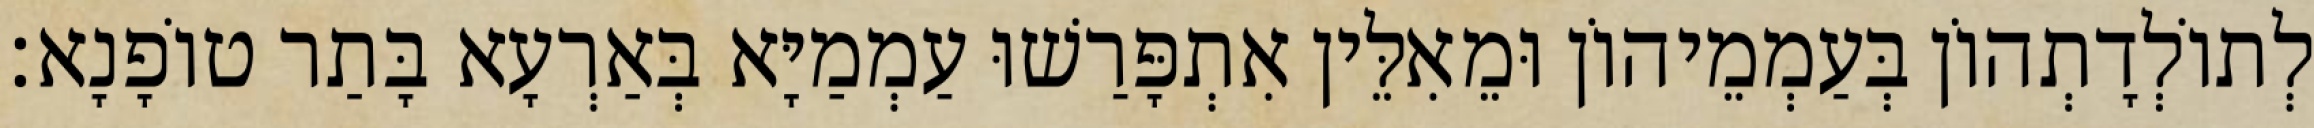
לְתוֹלְדָתְהוֹן בְּעַמְמֵיהוֹן וּמֵאִלֵּין אִתְפָּרַשׁוּ עַמְמַיָּא בְּאַרְעָא בָּתַר טוֹפָנָא׃